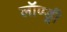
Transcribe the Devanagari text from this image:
लॉण्ड्री